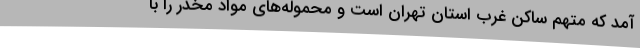
آمد که متهم ساکن غرب استان تهران است و محموله‌های مواد مخدر را با